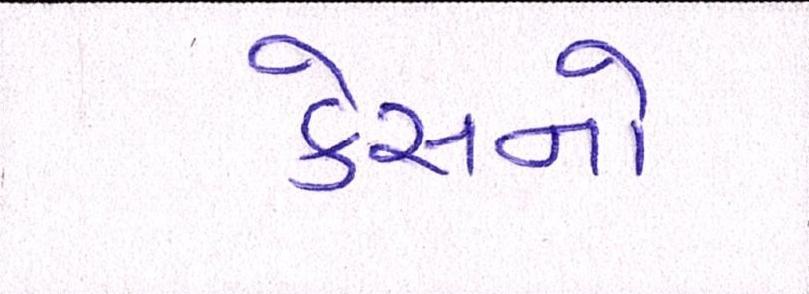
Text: કેસનો